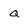
Character: Q